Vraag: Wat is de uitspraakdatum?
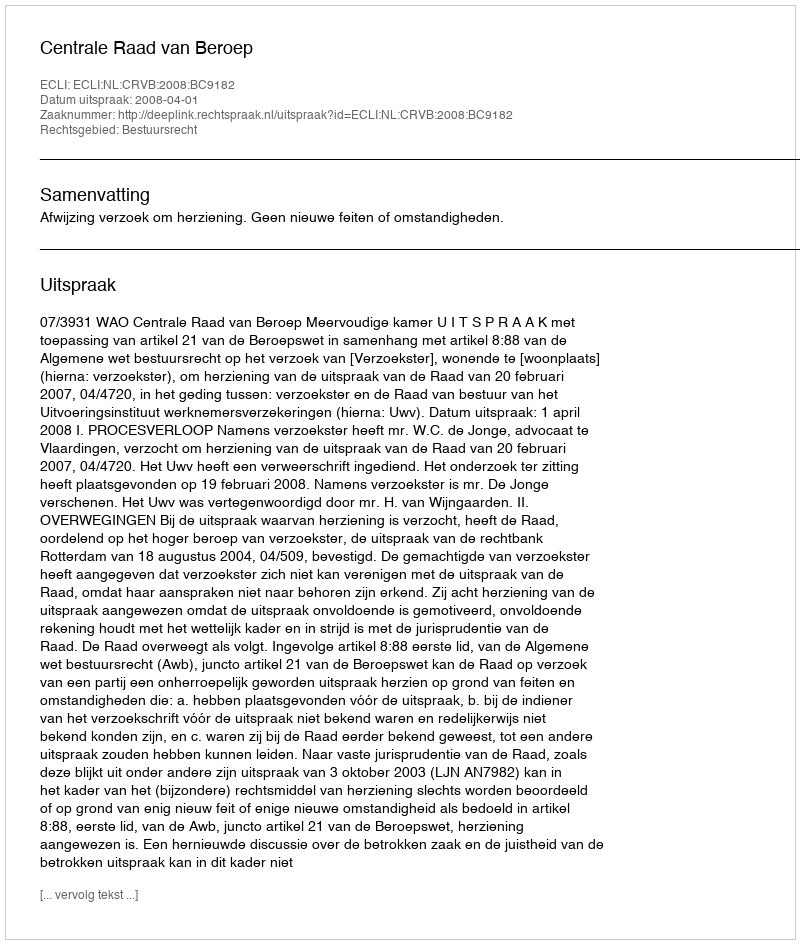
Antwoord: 2008-04-01